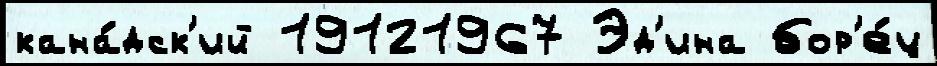
кана́дск'ий 19121967 Эд'ина бор'е́ц